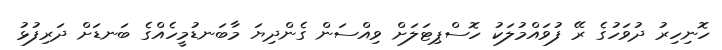
ހޮނިހިރު ދުވަހުގެ ރޭ ފުވައްމުލަކު ހޮސްޕިޓަލަށް ވިއްސަން ގެންދިޔަ މާބަނޑުމީހެއްގެ ބަނޑަށް ދަރިފުޅު